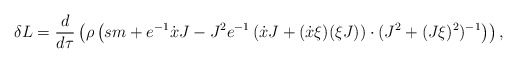
\begin{align*}\delta L=\frac{d}{d\tau}\left(\rho\left(sm+e^{-1}\dot{x}J -J^{2}e^{-1}\left(\dot{x}J+(\dot{x}\xi)(\xi J)\right)\cdot(J^{2}+(J\xi)^{2})^{-1}\right)\right),\end{align*}